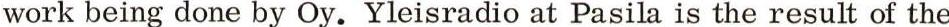
work being done by Oy. Yleisradio at Pasila is the result of the